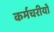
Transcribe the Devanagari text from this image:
कर्मचरीयों